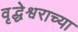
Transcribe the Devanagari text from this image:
वृद्धेश्वराच्या